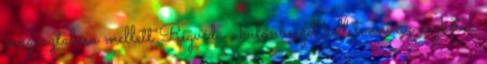
magasztalása mellett Rigvéda , különbséget kell tenni az aszkéták